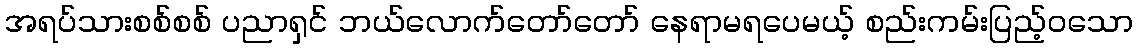
အရပ်သားစစ်စစ် ပညာရှင် ဘယ်လောက်တော်တော် နေရာမရပေမယ့် စည်းကမ်းပြည့်ဝသော